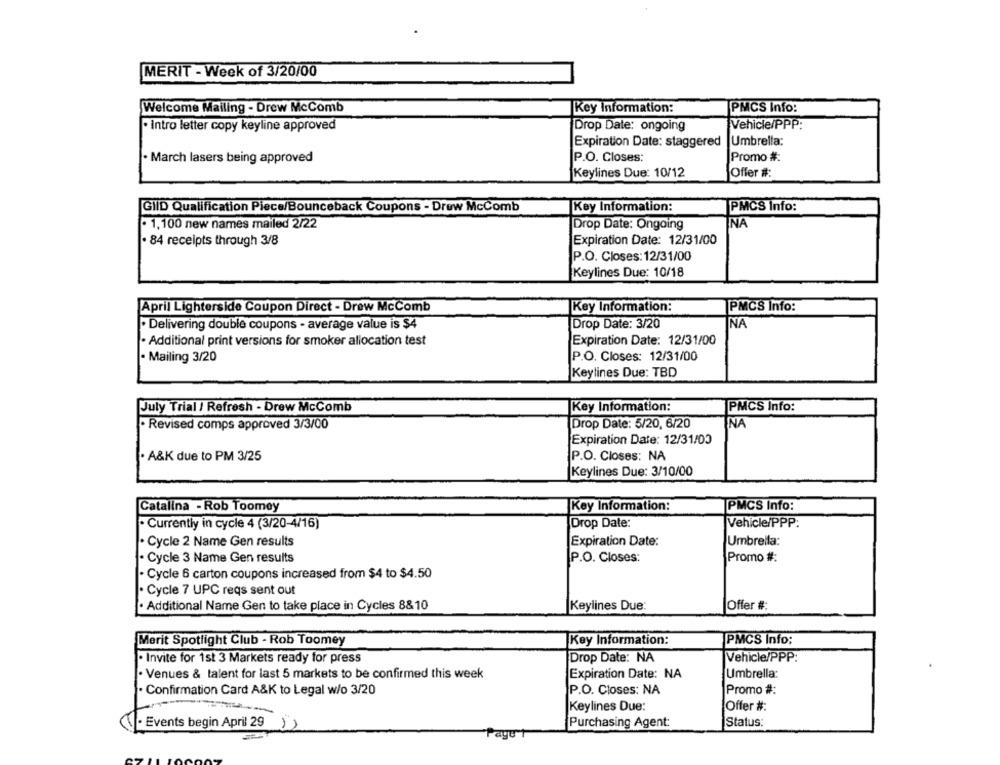
MERIT - Week of 3/20/00
Welcome Mailing - Drew McComb
Key Information:
PMCS Info:
· Intro letter copy keyline approved
Drop Date: ongoing
Vehicle/PPP:
Expiration Date: staggered |Umbrella:
· March lasers being approved
P.O. Closes:
Promo #:
Keylines Due: 10/12
Offer #:
GliD Qualification Piece/Bounceback Coupons - Drew McComb
Key Information:
PMCS Info:
- 1,100 new names mailed 2/22
Drop Date: Ongoing
NA
. 84 receipts through 3/8
Expiration Date: 12/31/00
P.O. Closes: 12/31/00
Keylines Due: 10/18
April Lighterside Coupon Direct - Drew McComb
Key Information:
PMCS Info:
· Delivering double coupons - average value is $4
Drop Date: 3/20
NA
· Additional print versions for smoker allocation test
Expiration Date: 12/31/00
- Mailing 3/20
P.O. Closes: 12/31/00
Keylines Due: TBD
July Trial / Refresh - Drew McComb
Key Information:
PMCS Info:
· Revised comps approved 3/3/00
Drop Date: 5/20, 6/20
NA
Expiration Date: 12/31/03
. A&K due to PM 3/25
P.O. Closes: NA
Keylines Due: 3/10/00
Catalina - Rob Toomey
Key Information:
PMCS Info:
· Currently in cycle 4 (3/20-4/16)
Drop Date:
Vehicle/PPP:
· Cycle 2 Name Gen results
Expiration Date:
Umbrella:
· Cycle 3 Name Gen results
P.O. Closes:
Promo #:
· Cycle 6 carton coupons increased from $4 to $4.50
· Cycle 7 UPC reqs sent out
· Additional Name Gen to take place in Cycles 8&10
Keylines Due:
Offer #:
Merit Spotlight Club - Rob Toomey
Key Information:
PMCS Info:
Drop Date: NA
Vehicle/PPP:
· Invite for 1st 3 Markets ready for press
Expiration Date: NA
. Venues & talent for last 5 markets to be confirmed this week
Umbrella:
· Confirmation Card A&K to Legal w/o 3/20
P.O. Closes: NA
Promo #:
Keylines Due:
Offer #:
· Events begin April 29
Purchasing Agent:
Status